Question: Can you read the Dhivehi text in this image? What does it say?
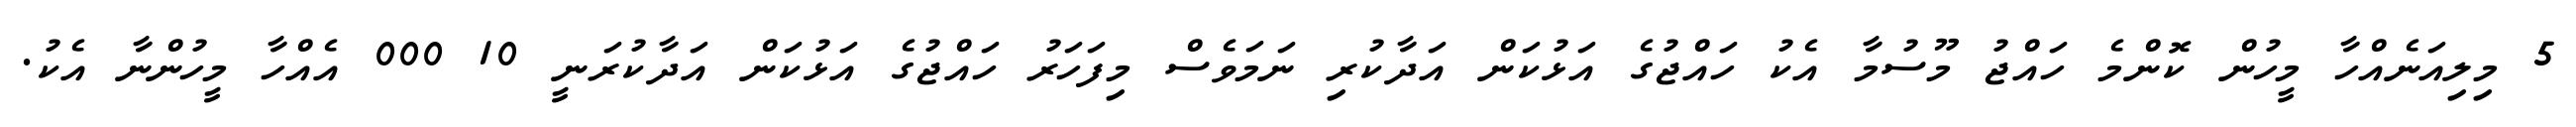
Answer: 5 މިލިއަނެއްހާ މީހުން ކޮންމެ ހައްޖު މޫސުމާ އެކު ހައްޖުގެ އަޅުކަން އަދާކުރި ނަމަވެސް މިފަހަރު ހައްޖުގެ އަޅުކަން އަދާކުރަނީ 10 000 އެއްހާ މީހުންނާ އެކު.